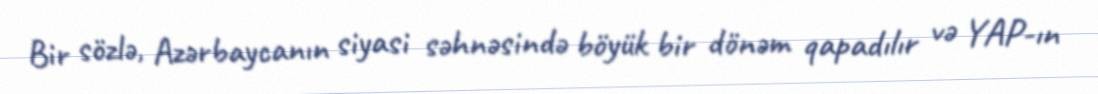
Bir sözlə, Azərbaycanın siyasi səhnəsində böyük bir dönəm qapadılır və YAP-ın